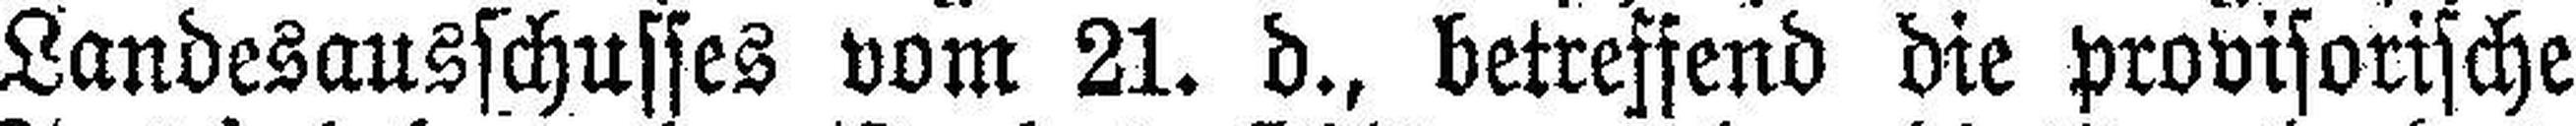
Landesausschusses vom 21. d., betreffend die provisorische